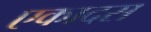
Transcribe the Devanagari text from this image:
एकादस